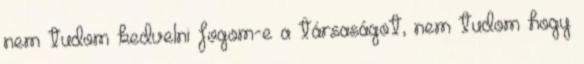
nem tudom kedvelni fogom-e a társaságot, nem tudom hogy